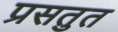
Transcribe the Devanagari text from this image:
प्रसतुत